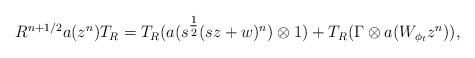
LaTeX: \begin{align*}R^{n+1/2} a(z^n) T_R = T_R(a(s^{\tfrac12}(sz+w)^n) \otimes 1) + T_R(\Gamma \otimes a(W_{\phi_t}z^n)),\end{align*}